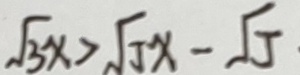
\sqrt { 3 x } > \sqrt { 5 } x - \sqrt { 5 }